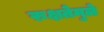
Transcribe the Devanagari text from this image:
रुक्षतेमुळे